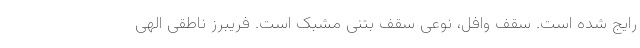
رایج شده است. سقف وافل، نوعی سقف بتنی مشبک است. فریبرز ناطقی الهی